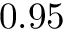
0 . 9 5